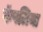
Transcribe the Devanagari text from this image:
कॅपलिया